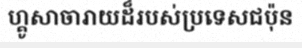
ហ្គូសាចារាយដ៏របស់ប្រទេសជប៉ុន